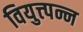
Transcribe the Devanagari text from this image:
वियुत्त्पन्न